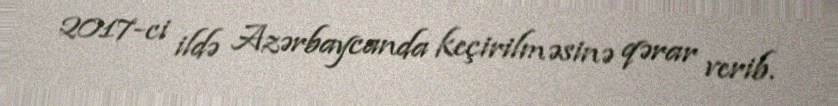
2017-ci ildə Azərbaycanda keçirilməsinə qərar verib.